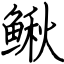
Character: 鳅